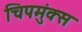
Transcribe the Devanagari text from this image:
चिपमुंक्स